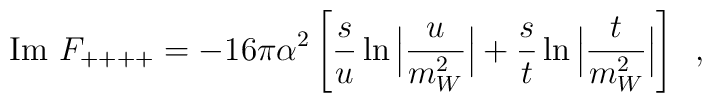
\mbox{Im } F_{++++} = -16 \pi \alpha^2 \left[ \frac{s}{u} \ln \Big| \frac{u}{m_W^2}\Big|+\frac{s}{t} \ln \Big| \frac{t}{m_W^2} \Big| \right]  \,\,\, ,